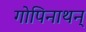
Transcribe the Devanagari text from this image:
गोपिनाथन्